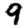
Digit: 9